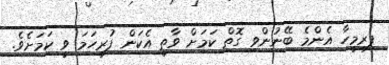
ފިރިމީހާ އެންމެ ބޭނުންވި ގޮތް ކަމަށް ވާތީ އެކަން ފުރިހަމަ ވީ ކަމަށެވެ.